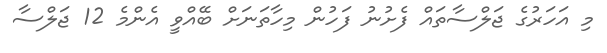
މި އަހަރުގެ ޖަލްސާތައް ފެށުނު ފަހުން މިހާތަނަށް ބޭއްވީ އެންމެ 12 ޖަލްސާ